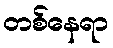
တစ်နေရာ